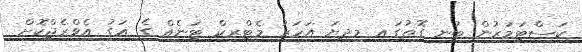
ކަސްޓަމަރުން ބުނި ގޮތުގައި މިދިޔަ އަހަރު މެޓްރިކް ޓަނެއް ގެ އަގު އެވްރެޖްކޮށް